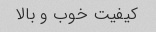
کیفیت خوب و بالا